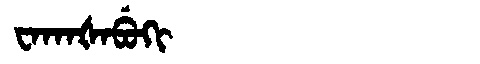
Manchu: ᠸᠠᡴᠠᡧᠠᠪᡠᡴᡳ
Romanization: WAKAŠABUKI